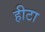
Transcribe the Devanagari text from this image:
हीटा